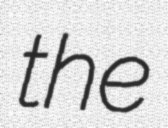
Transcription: the